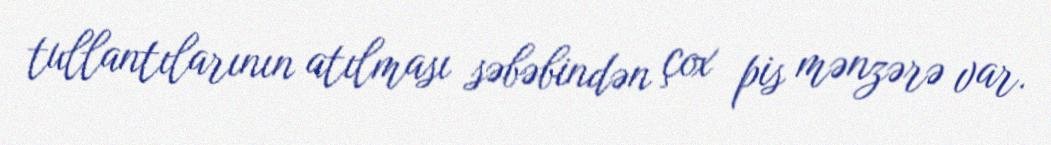
tullantılarının atılması səbəbindən çox pis mənzərə var.